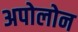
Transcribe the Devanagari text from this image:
अपोलोन